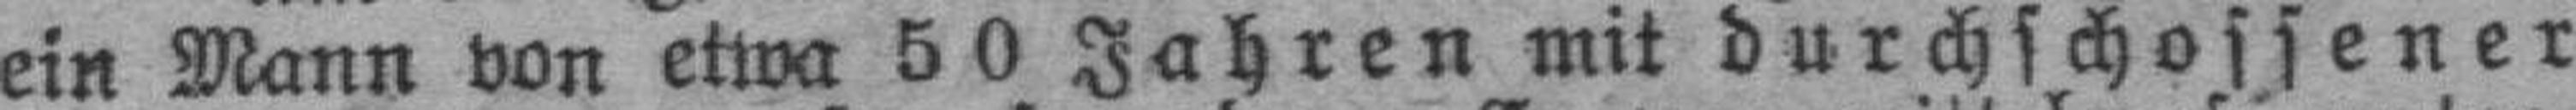
ein Mann von etwa 50 Jahren mit durchschossener